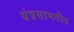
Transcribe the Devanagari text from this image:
यंत्रसामगीत